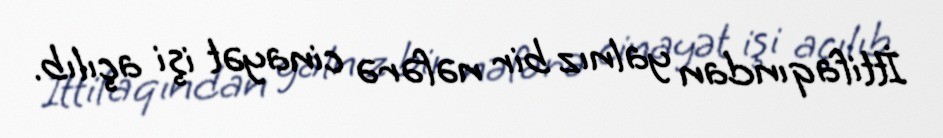
İttifaqından yalnız bir nəfərə cinayət işi açılıb.